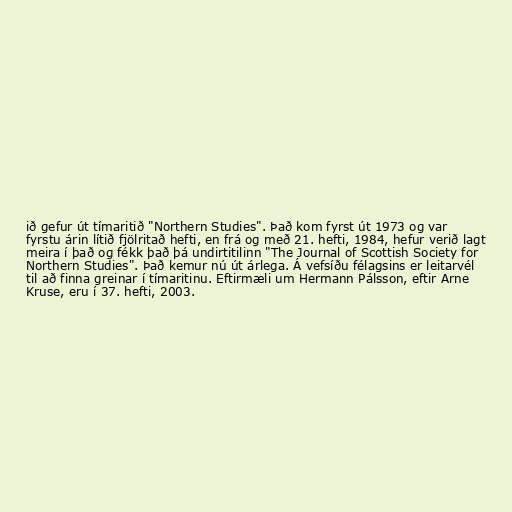
ið gefur út tímaritið "Northern Studies". Það kom fyrst út 1973 og var
fyrstu árin lítið fjölritað hefti, en frá og með 21. hefti, 1984, hefur verið lagt
meira í það og fékk það þá undirtitilinn "The Journal of Scottish Society for
Northern Studies". Það kemur nú út árlega. Á vefsíðu félagsins er leitarvél
til að finna greinar í tímaritinu. Eftirmæli um Hermann Pálsson, eftir Arne
Kruse, eru í 37. hefti, 2003.